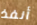
أنفذ